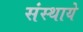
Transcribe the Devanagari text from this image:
संस्थाये